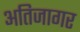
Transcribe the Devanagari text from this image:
अतिजागर